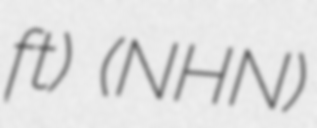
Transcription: ft) (NHN)